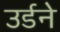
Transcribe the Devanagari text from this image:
उर्डने